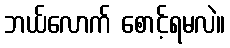
ဘယ်လောက် စောင့်ရမလဲ။